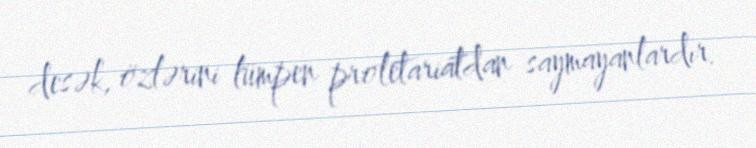
desək, özlərini lümpen proletariatdan saymayanlardır.